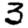
Digit: 3